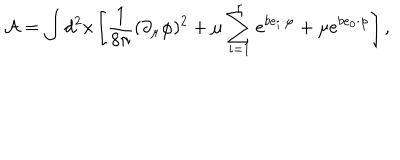
\mathcal { A } = \int d ^ { 2 } x \left[ \frac { 1 } { 8 \pi } ( \partial _ { \mu } \varphi ) ^ { 2 } + \mu \sum _ { i = 1 } ^ { r } e ^ { b e _ { i } \cdot \varphi } + \mu e ^ { b e _ { 0 } \cdot \varphi } \right] ,